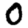
Digit: 0